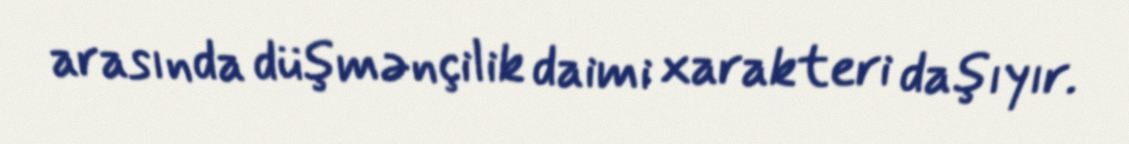
arasında düşmənçilik daimi xarakteri daşıyır.